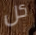
كل